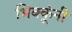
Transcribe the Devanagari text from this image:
भिक्कूंनी